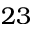
2 3